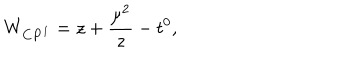
LaTeX: W _ { { \bf C P } ^ { 1 } } = z + { \frac { \mu ^ { 2 } } { z } } - t ^ { 0 } ,